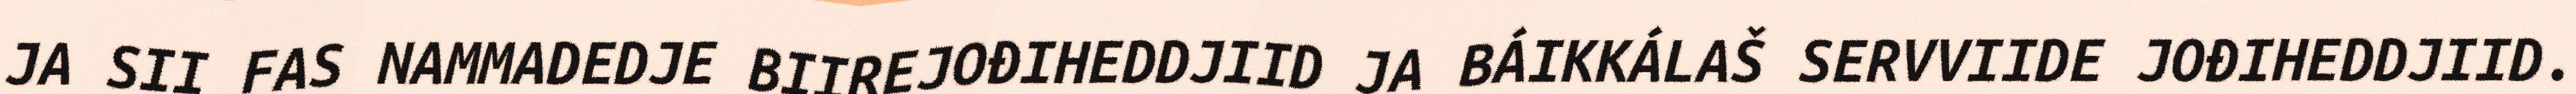
JA SII FAS NAMMADEDJE BIIREJOĐIHEDDJIID JA BÁIKKÁLAŠ SERVVIIDE JOĐIHEDDJIID.